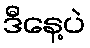
ဒီနေ့ပဲ